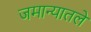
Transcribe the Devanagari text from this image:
जमान्यातले